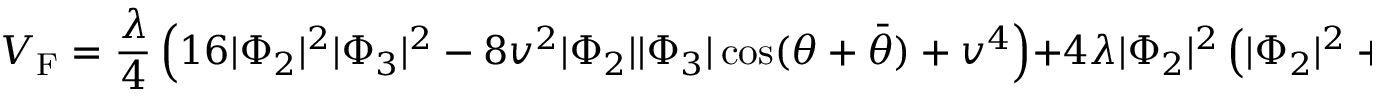
V _ { \mathrm { F } } = { \frac { \lambda } { 4 } } \left( 1 6 | \Phi _ { 2 } | ^ { 2 } | \Phi _ { 3 } | ^ { 2 } - 8 v ^ { 2 } | \Phi _ { 2 } | | \Phi _ { 3 } | \cos ( \theta + \bar { \theta } ) + v ^ { 4 } \right) + 4 \lambda | \Phi _ { 2 } | ^ { 2 } \left( | \Phi _ { 2 } | ^ { 2 } + | \Phi _ { 3 } | ^ { 2 } \right) \, .